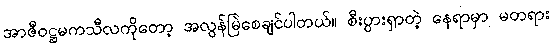
အာဇီဝဋ္ဌမကသီလကိုတော့ အလွန်မြဲစေချင်ပါတယ်။ စီးပွားရှာတဲ့ နေရာမှာ မတရား